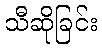
သီဆိုခြင်း